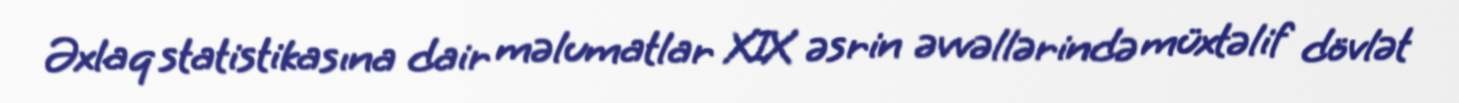
Əxlaq statistikasına dair məlumatlar XIX əsrin əvvəllərində müxtəlif dövlət